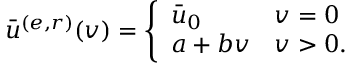
\bar { u } ^ { ( e , r ) } ( v ) = \left\{ \begin{array} { l l } { \bar { u } _ { 0 } } & { v = 0 } \\ { a + b v } & { v > 0 . } \end{array} \right.